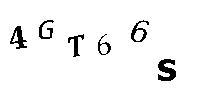
4GT66S